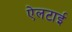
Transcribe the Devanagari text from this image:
ऐलटाई